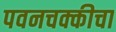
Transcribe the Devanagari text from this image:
पवनचक्कीचा